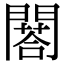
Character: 𨶀